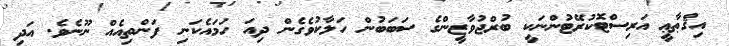
އިޤްޠާޢީ އަރިސްޓޮކުރޭޓުންނަކީ ބުރްޖުވާޒީންގެ ސަބަބުން ހަލާކުވެގެން ދިއަ ހަމައެކަނި ފަންތިއެއް ނޫނެވެ. އަދި